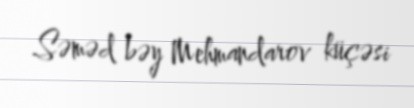
Səməd bəy Mehmandarov küçəsi